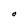
Character: O